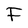
Character: F